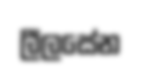
ලීලසේන